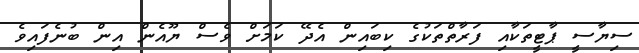
ސިޔާސީ ޕާޓީތަކާއި ފަރާތްތަކުގެ ކިބައިން އެދޭ ކަމަށް ވެސް ޔޫއެން އިން ބުނެފައިވެ